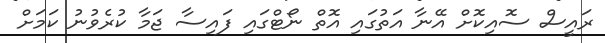
ރައީސް ސޮއިކޮށް އޭނާ އަތުގައި އޮތް ނޯޓްގައި ފައިސާ ޖަމާ ކުރެވުނު ކަމަށް